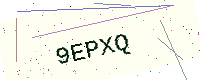
Text: 9EPXQ